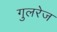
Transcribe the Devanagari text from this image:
गुलरेज